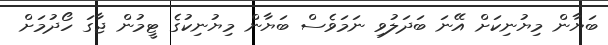
ބަޔާން މިޔުނިކަށް އޭނަ ބަދަލުވި ނަމަވެސް ބަޔާން މިޔުނިކުގެ ޓީމުން ޖާގަ ހޯދުމަށް